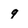
Character: q